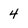
Character: 4